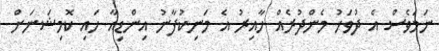
ނަމަވެސް އެ ދުވަހު މެންދުރެއް ހާއިރު އެ މަނިކުފާނު އިންޑިއާ ހައި ކޮމިޝަނަށް